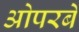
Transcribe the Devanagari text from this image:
ओपरबे